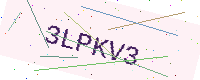
Text: 3LPKV3